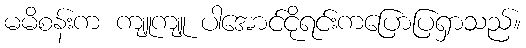
မမိစန်းက ကျူကျူ ပါအောင်ငိုရင်းကပြောပြရှာသည်။